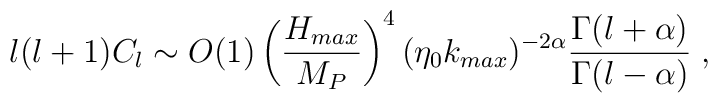
l(l+1) C_l \sim O(1) \left({H_{max}\over M_P}\right)^4 (\eta_0  k_{max})^{-2\alpha}{\Gamma(l+\alpha) \over \Gamma(l- \alpha)}\; ,